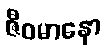
ဇီဝမာနော